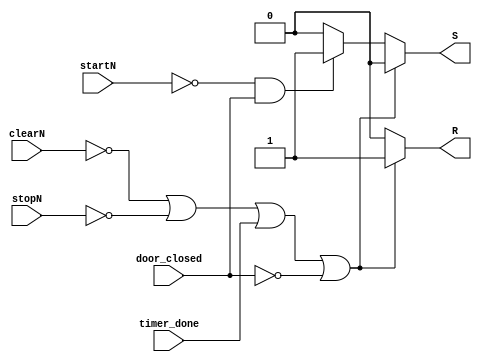
module logicC (
    input wire startN , stopN , clearN, door_closed, timer_done, 
    output reg  S, R
);

    always @(startN, stopN, clearN, door_closed, timer_done) begin
        if(!clearN || !stopN || timer_done || !door_closed)
            begin
                S = 0;
                R = 1;
                //mag_on = 0
            end
        else if(!startN && door_closed)
            begin
                S = 1;
                R = 0;
                //mag_on = 1 
            end
        else 
            begin
                S = 0;
                R = 0;
            end
    end
endmodule